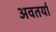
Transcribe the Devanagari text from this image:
अवतर्या